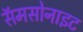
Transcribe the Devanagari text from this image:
सॅमसोनाइट